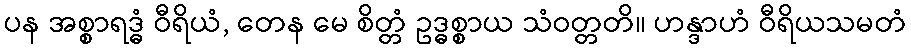
ပန အစ္စာရဒ္ဓံ ဝီရိယံ, တေန မေ စိတ္တံ ဥဒ္ဓစ္စာယ သံဝတ္တတိ။ ဟန္ဒာဟံ ဝီရိယသမတံ